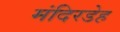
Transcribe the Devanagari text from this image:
मंदिरडेह